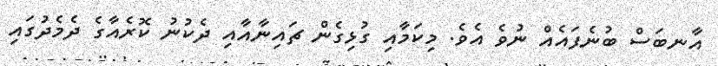
އާނބަސް ބުނެފައެއް ނުވެ އެވެ. މިކަމާއި ގުޅިގެން ޗައިނާއާއި ދެކުނު ކޮރެއާގެ ދެމެދުގައި